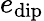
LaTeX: e_{\mathrm{dip}}